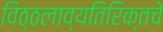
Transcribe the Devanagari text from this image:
विठ्ठलाव्यतिरिक्तचे